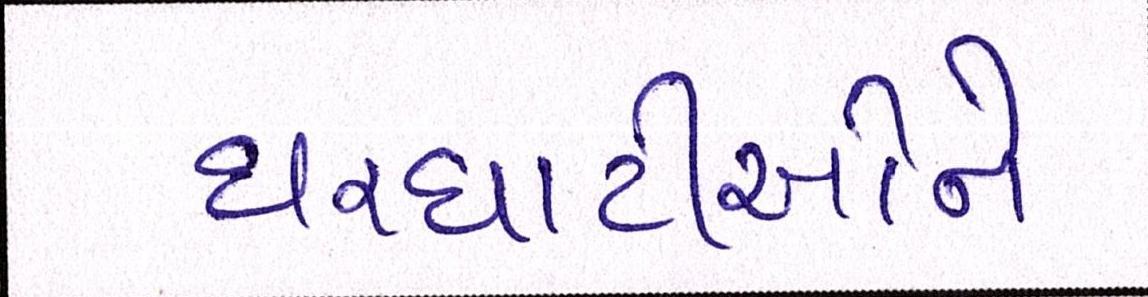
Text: ઘરઘાટીઓને